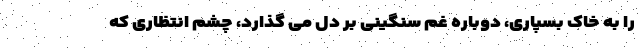
را به خاک بسپاری، دوباره غم سنگینی بر دل می گذارد، چشم انتظاری که